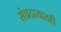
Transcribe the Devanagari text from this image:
संप्रदायातही